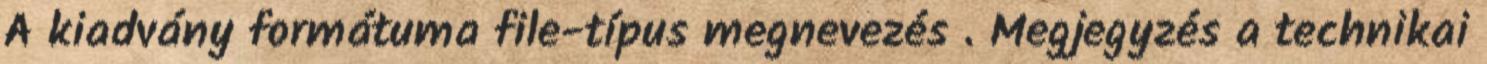
A kiadvány formátuma file-típus megnevezés . Megjegyzés a technikai